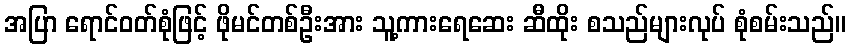
အပြာ ရောင်ဝတ်စုံဖြင့် ဖိုမင်တစ်ဦးအား သူ့ကားရေဆေး ဆီထိုး စသည်များလုပ် စုံစမ်းသည်။